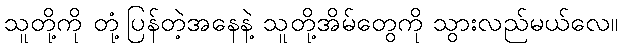
သူတို့ကို တုံ့ပြန်တဲ့အနေနဲ့ သူတို့အိမ်တွေကို သွားလည်မယ်လေ။